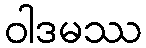
ဝါဒမဿ